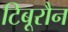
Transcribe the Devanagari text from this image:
टिबूरौन